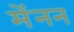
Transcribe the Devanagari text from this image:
मेंनन